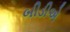
બીડીએ